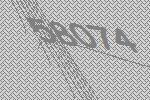
58074